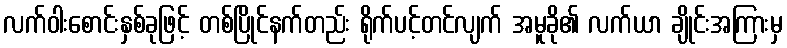
လက်ဝါးစောင်းနှစ်ခုဖြင့် တစ်ပြိုင်နက်တည်း ရိုက်ပင့်တင်လျက် အမူခို၏ လက်ယာ ချိုင်းအကြားမှ